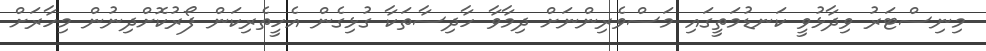
މިނިސްޓަރު ވިދާޅުވީ ކަނޑުމަތީގައި މަސްވެރިންނަށް ދިމާވާ ހާދިސާތަކާ ގުޅިގެން އެހީތެރިކަން ފޯރުކޮށްދިނުން މިހާރަށް